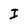
Character: I